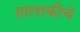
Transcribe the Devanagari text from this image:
हालाकीचे